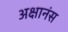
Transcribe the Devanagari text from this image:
अक्षानंस